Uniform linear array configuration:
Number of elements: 32
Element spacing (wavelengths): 1
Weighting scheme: blackman
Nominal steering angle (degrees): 15
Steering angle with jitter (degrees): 14.069
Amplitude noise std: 0.05
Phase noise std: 0.05

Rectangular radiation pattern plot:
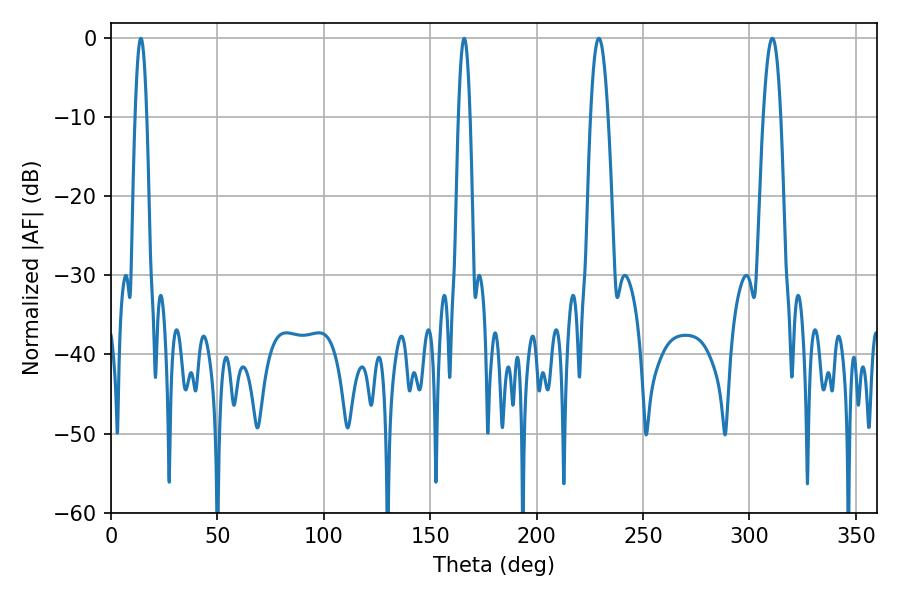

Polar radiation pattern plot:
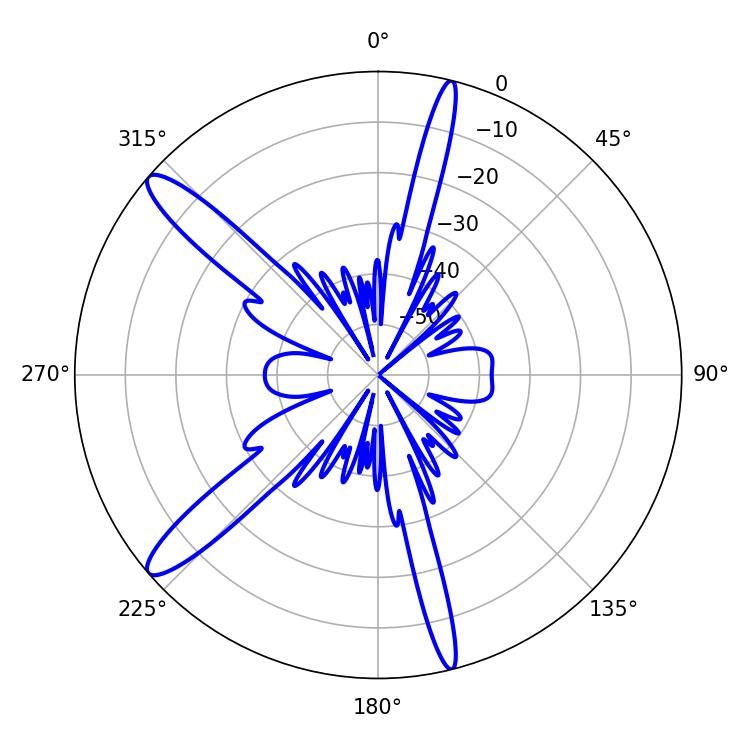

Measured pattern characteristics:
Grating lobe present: TRUE
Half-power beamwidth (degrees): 2.88
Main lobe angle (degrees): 14.04